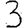
Digit: 3